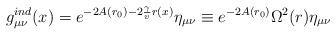
LaTeX: \begin{align*}g^{ind} _{\mu \nu}(x) =e^{-2 A(r_0)-2 \frac{\gamma}{v} r(x)} \eta_{\mu \nu}\equiv e^{-2 A(r_0)} \Omega ^2(r) \eta_{\mu \nu}\end{align*}